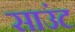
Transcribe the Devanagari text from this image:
साउंट